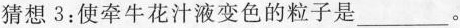
猜想3：使牵牛花汁液变色的粒子是___。